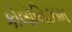
કોલોનિઝમ